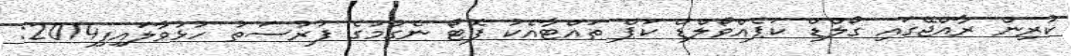
ކުރިން ރާއްޖޭގައި ގޯލްޑް ކަޕެއްވޯލްޑް ކަޕް ތައްޓާއެކު ފޮޓޯ ނެގުމުގެ ފުރުސަތު ހުޅުވާލައިފި2014: